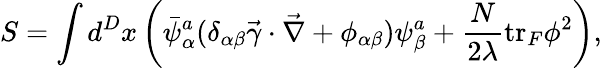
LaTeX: S=\int d^{D}x\left(\bar{\psi}_{\alpha}^{a}(\delta_{\alpha\beta}\vec{\gamma}\cdot\vec{\nabla}+\phi_{\alpha\beta})\psi_{\beta}^{a}+\frac{N}{2\lambda}\mathrm{tr}_{F}\phi^{2}\right),